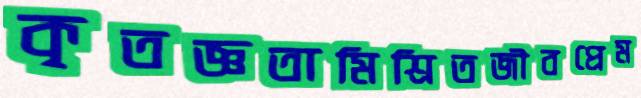
কৃতজ্ঞতামিশ্রিতজীবপ্রেম